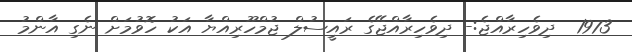
1973  ދިވެހިރާއްޖެ:- ދިވެހިރާއްޖޭގެ ރައީސުލް ޖުމްހޫރިއްޔާ އަކު ހޮވުމަށް ނެގި އާންމު